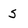
Character: S